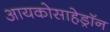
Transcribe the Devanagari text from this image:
आयकोसाहेड्रॉन